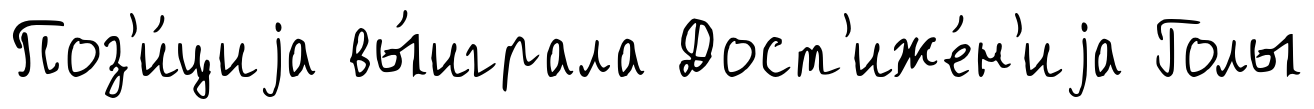
Поз'и́циjа вы́играла Дост'иже́н'иjа Голы